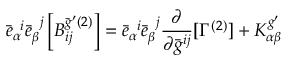
{ \bar { e } } _ { \alpha } ^ { \; \; i } { \bar { e } } _ { \beta } ^ { \; \; j } \left[ { B } _ { i j } ^ { \bar { g } ^ { \prime } ( 2 ) } \right] = { \bar { e } } _ { \alpha } ^ { \; \; i } { \bar { e } } _ { \beta } ^ { \; \; j } \frac { \partial } { \partial \bar { g } ^ { i j } } [ \Gamma ^ { ( 2 ) } ] + { K } _ { \alpha \beta } ^ { g ^ { \prime } }